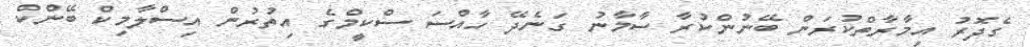
ގެދޮރު އިމާރާތްކުރަން ބޭނުންކުރާ ސާމާނު ގަނެދޭ ހާއްސަ ސްކީމްގެ އިތުރުން އިސްލާމިކް ބޭންކް